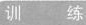
训练